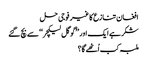
افغان تنازع کا غیر فوجی حل
شکر ہے ایک اور ’’گوگل لیکچر‘‘ سے بچ گئے
ملبہ کب اُٹھے گا؟